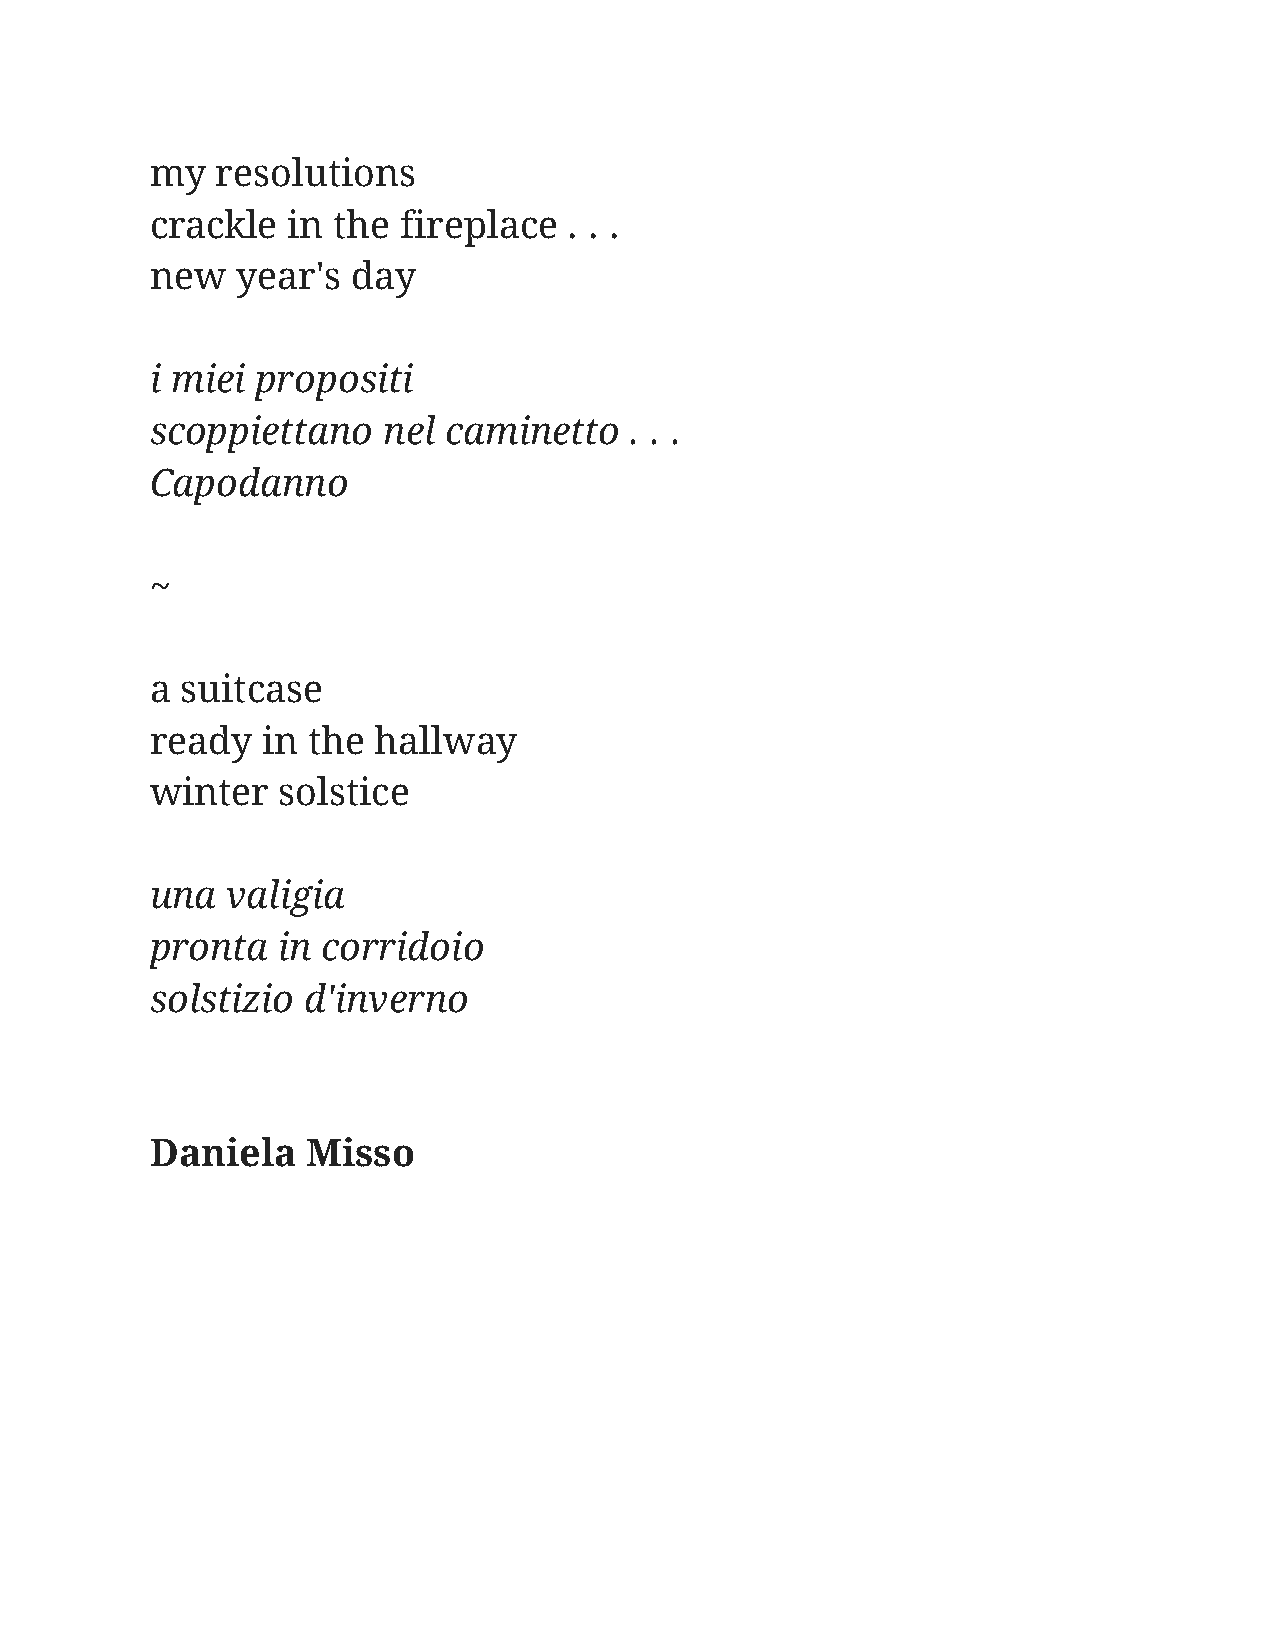
my  resolutions
 crackle  in the  fireplace  . . .
 new   year's day
 i miei propositi
 scoppiettano   nel caminetto    . . .
 Capodanno
 ~
 a suitcase
 ready  in the  hallway
 winter  solstice
 una  valigia
 pronta  in corridoio
 solstizio d'inverno
 Daniela   Misso